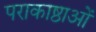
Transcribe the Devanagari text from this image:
पराकाष्ठाओं